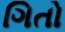
ગિતો